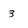
Character: 3